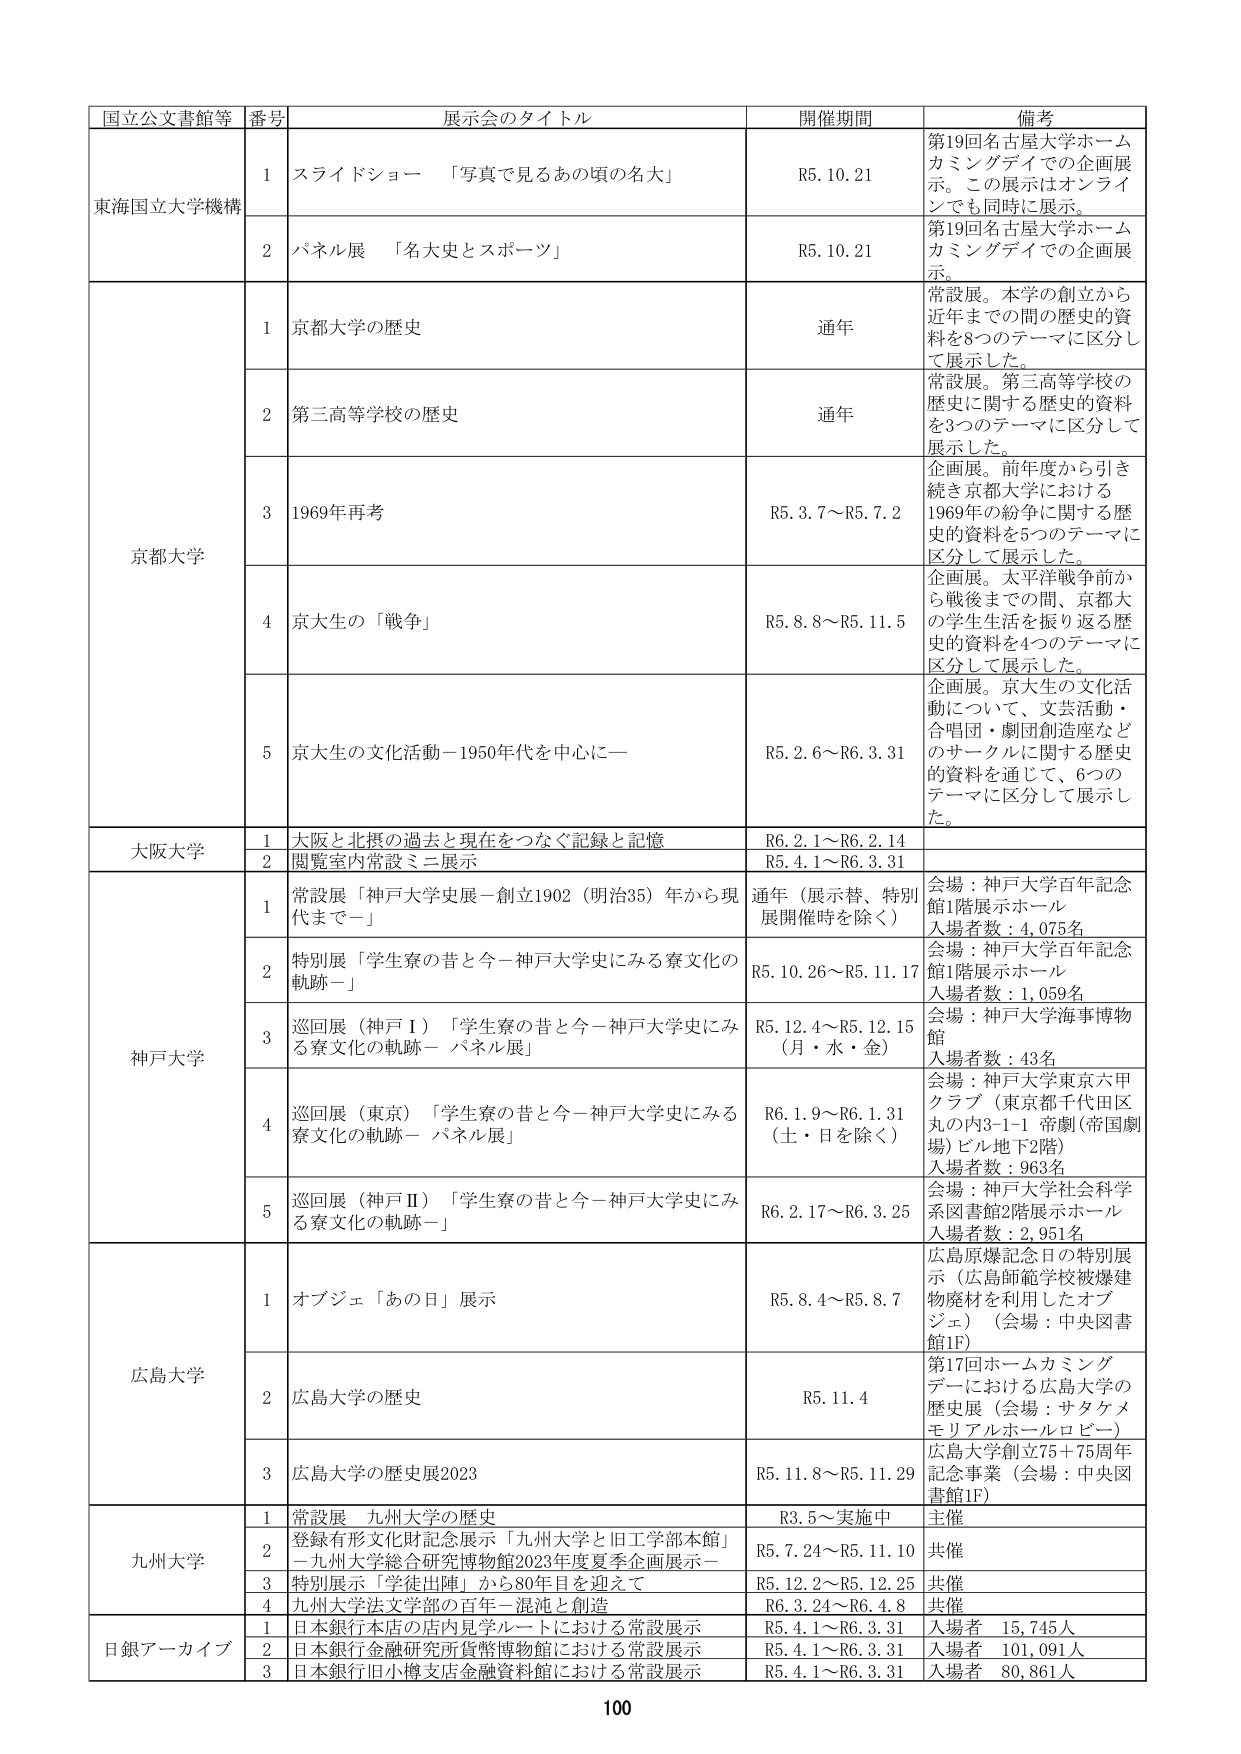
国立公文書館等 番号 展示会のタイトル 開催期間 備考
東海国立大学機構 1 スライドショー 「写真で見るあの頃の名大」 R5.10.21 第19回名古屋大学ホームカミングデイでの企画展示。この展示はオンラインでも同時に展示。
2 パネル展 「名大史とスポーツ」 R5.10.21 第19回名古屋大学ホームカミングデイでの企画展示。
京都大学 1 京都大学の歴史 通年 常設展。本学の創立から近年までの間の歴史の資料を8つのテーマに区分して展示した。
2 第三高等学校の歴史 通年 常設展。第三高等学校の歴史に関する歴史的資料を3つのテーマに区分して展示した。
3 1969年再考 R5.3.7～R5.7.2 企画展。前年度から引き続き京都大学における1969年の紛争に関する歴史的資料を5つのテーマに区分して展示した。
4 京大生の「戦争」 R5.8.8～R5.11.5 企画展。太平洋戦争前から戦後までの間、京都大の学生生活を振り返る歴史的資料を4つのテーマに区分して展示した。
5 京大生の文化活動－1950年代を中心に－ R5.2.6～R6.3.31 企画展。京大生の文化活動について、文芸活動・合唱団・劇団創造座などのサークルに関する歴史的資料を通じて、6つのテーマに区分して展示した。
大阪大学 1 大阪と北摂の過去と現在をつなぐ記録と記憶 R6.2.1～R6.2.14
2 閲覧室内常設ミニ展示 R5.4.1～R6.3.31
神戸大学 1 常設展「神戸大学史展－創立1902（明治35）年から現代まで－」 通年（展示替、特別展開催時を除く） 会場：神戸大学百年記念館1階展示ホール 入場者数：4,075名
2 特別展「学生寮の昔と今－神戸大学史にみる寮文化の軌跡－」 R5.10.26～R5.11.17 会場：神戸大学百年記念館1階展示ホール 入場者数：1,059名
3 巡回展（神戸Ⅰ）「学生寮の昔と今－神戸大学史にみる寮文化の軌跡－ パネル展」 R5.12.4～R5.12.15（月・水・金） 会場：神戸大学海事博物館 入場者数：43名
4 巡回展（東京）「学生寮の昔と今－神戸大学史にみる寮文化の軌跡－ パネル展」 R6.1.9～R6.1.31（土・日を除く） 会場：神戸大学東京六甲クラブ（東京都千代田区丸の内3-1-1 帝劇（帝国劇場）ビル地下2階） 入場者数：963名
5 巡回展（神戸Ⅱ）「学生寮の昔と今－神戸大学史にみる寮文化の軌跡－」 R6.2.17～R6.3.25 会場：神戸大学社会科学系図書館2階展示ホール 入場者数：2,951名
広島大学 1 オブジェ「あの日」展示 R5.8.4～R5.8.7 広島原爆記念日の特別展示（広島師範学校被爆建物廃材を利用したオブジェ）（会場：中央図書館1F）
2 広島大学の歴史 R5.11.4 第17回ホームカミングデーにおける広島大学の歴史展（会場：サタケメモリアルホールロビー）
3 広島大学の歴史展2023 R5.11.8～R5.11.29 広島大学創立75＋75周年記念事業（会場：中央図書館1F）
九州大学 1 常設展 九州大学の歴史 R3.5～実施中 主催
2 登録有形文化財記念展示「九州大学と旧工学部本館」－九州大学総合研究博物館2023年度夏季企画展示－ R5.7.24～R5.11.10 共催
3 特別展示「学徒出陣」から80年目を迎えて R5.12.2～R5.12.25 共催
4 九州大学法文学部の百年－混沌と創造 R6.3.24～R6.4.8 共催
日銀アーカイブ 1 日本銀行本店の店内見学ルートにおける常設展示 R5.4.1～R6.3.31 入場者 15,745人
2 日本銀行金融研究所貨幣博物館における常設展示 R5.4.1～R6.3.31 入場者 101,091人
3 日本銀行旧小樽支店金融資料館における常設展示 R5.4.1～R6.3.31 入場者 80,861人
100